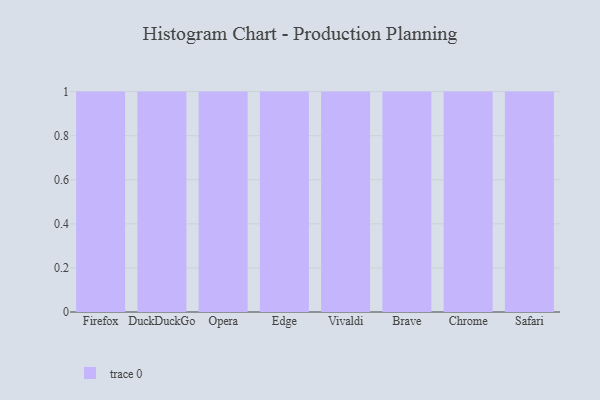
{"axis": {"x": "Browser", "y": "Headcount"}, "legend": [""], "data": [{"x": "Firefox", "y": 93, "type": ""}, {"x": "DuckDuckGo", "y": 30, "type": ""}, {"x": "Opera", "y": 30, "type": ""}, {"x": "Edge", "y": 34, "type": ""}, {"x": "Vivaldi", "y": 17, "type": ""}, {"x": "Brave", "y": 28, "type": ""}, {"x": "Chrome", "y": 86, "type": ""}, {"x": "Safari", "y": 91, "type": ""}]}